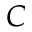
C